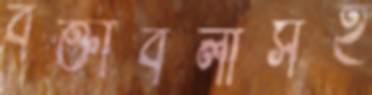
বক্তাবলীসহ